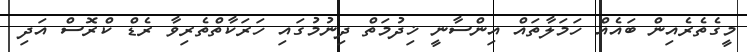
މީގެތެރެއިން ބައެއް ހަމަލާތައް އިންސާނީ ޚިދުމަތް ދިނުމުގައި ހަރަކާތްތެރިވާ ރެޑް ކްރޮސް އަދި